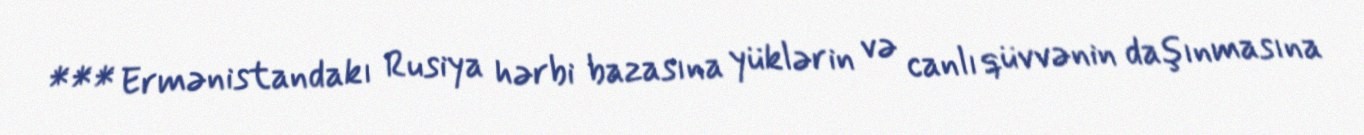
*** Ermənistandakı Rusiya hərbi bazasına yüklərin və canlı qüvvənin daşınmasına